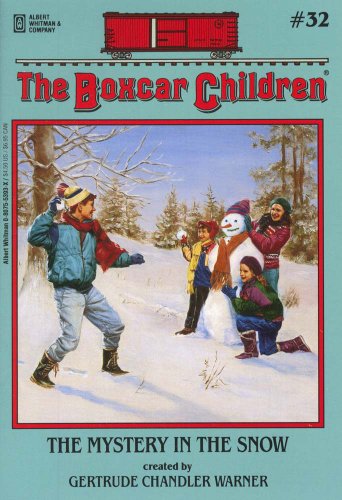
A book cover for The Mystery in the Snow (The Boxcar Children, No. 32); Children's Books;